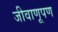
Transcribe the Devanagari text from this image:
जीवाणूपण